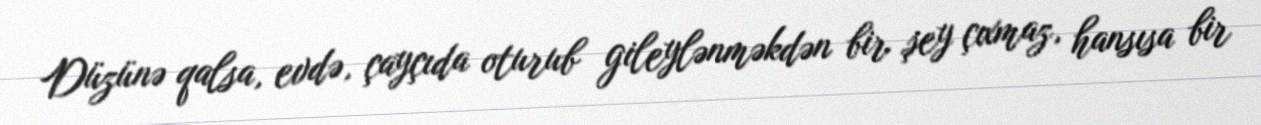
Düzünə qalsa, evdə, çayçıda oturub gileylənməkdən bir şey çıxmaz, hansısa bir